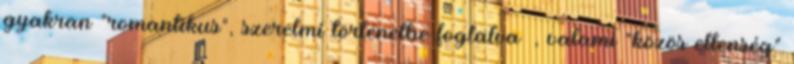
gyakran "romantikus", szerelmi történetbe foglalva –, valami "közös ellenség"